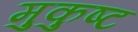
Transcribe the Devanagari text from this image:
मुकुष्ट